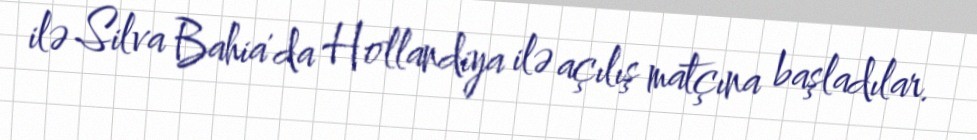
ilə Silva Bahia'da Hollandiya ilə açılış matçına başladılar.